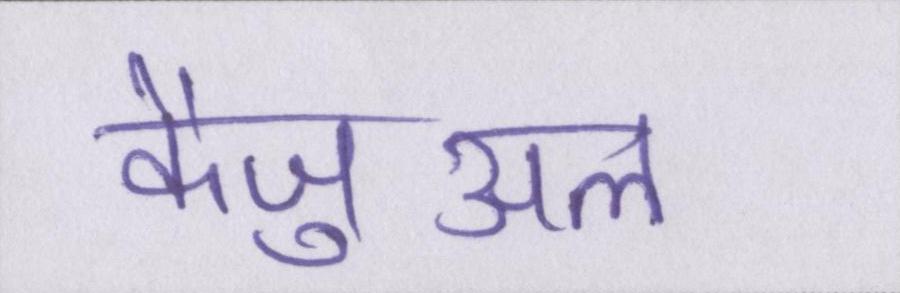
कैज़ुअल